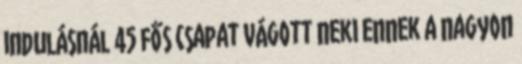
indulásnál 45 fős csapat vágott neki ennek a nagyon